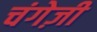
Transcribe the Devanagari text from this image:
चंगेज़ी